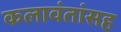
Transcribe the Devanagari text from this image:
कलावंतांसह